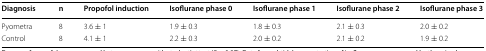
<table><thead><tr><td><b>Diagnosis</b></td><td><b>n</b></td><td><b>Propofol induction</b></td><td><b>Isoflurane phase 0</b></td><td><b>Isoflurane phase 1</b></td><td><b>Isoflurane phase 2</b></td><td><b>Isoflurane phase 3</b></td></tr></thead><tbody><tr><td>Pyometra</td><td>8</td><td>3.6 ± 1</td><td>1.9 ± 0.3</td><td>1.8 ± 0.3</td><td>2.1 ± 0.3</td><td>2.0 ± 0.2</td></tr><tr><td>Control</td><td>8</td><td>4.1 ± 1</td><td>2.2 ± 0.3</td><td>2.0 ± 0.2</td><td>2.1 ± 0.2</td><td>1.9 ± 0.2</td></tr></tbody></table>